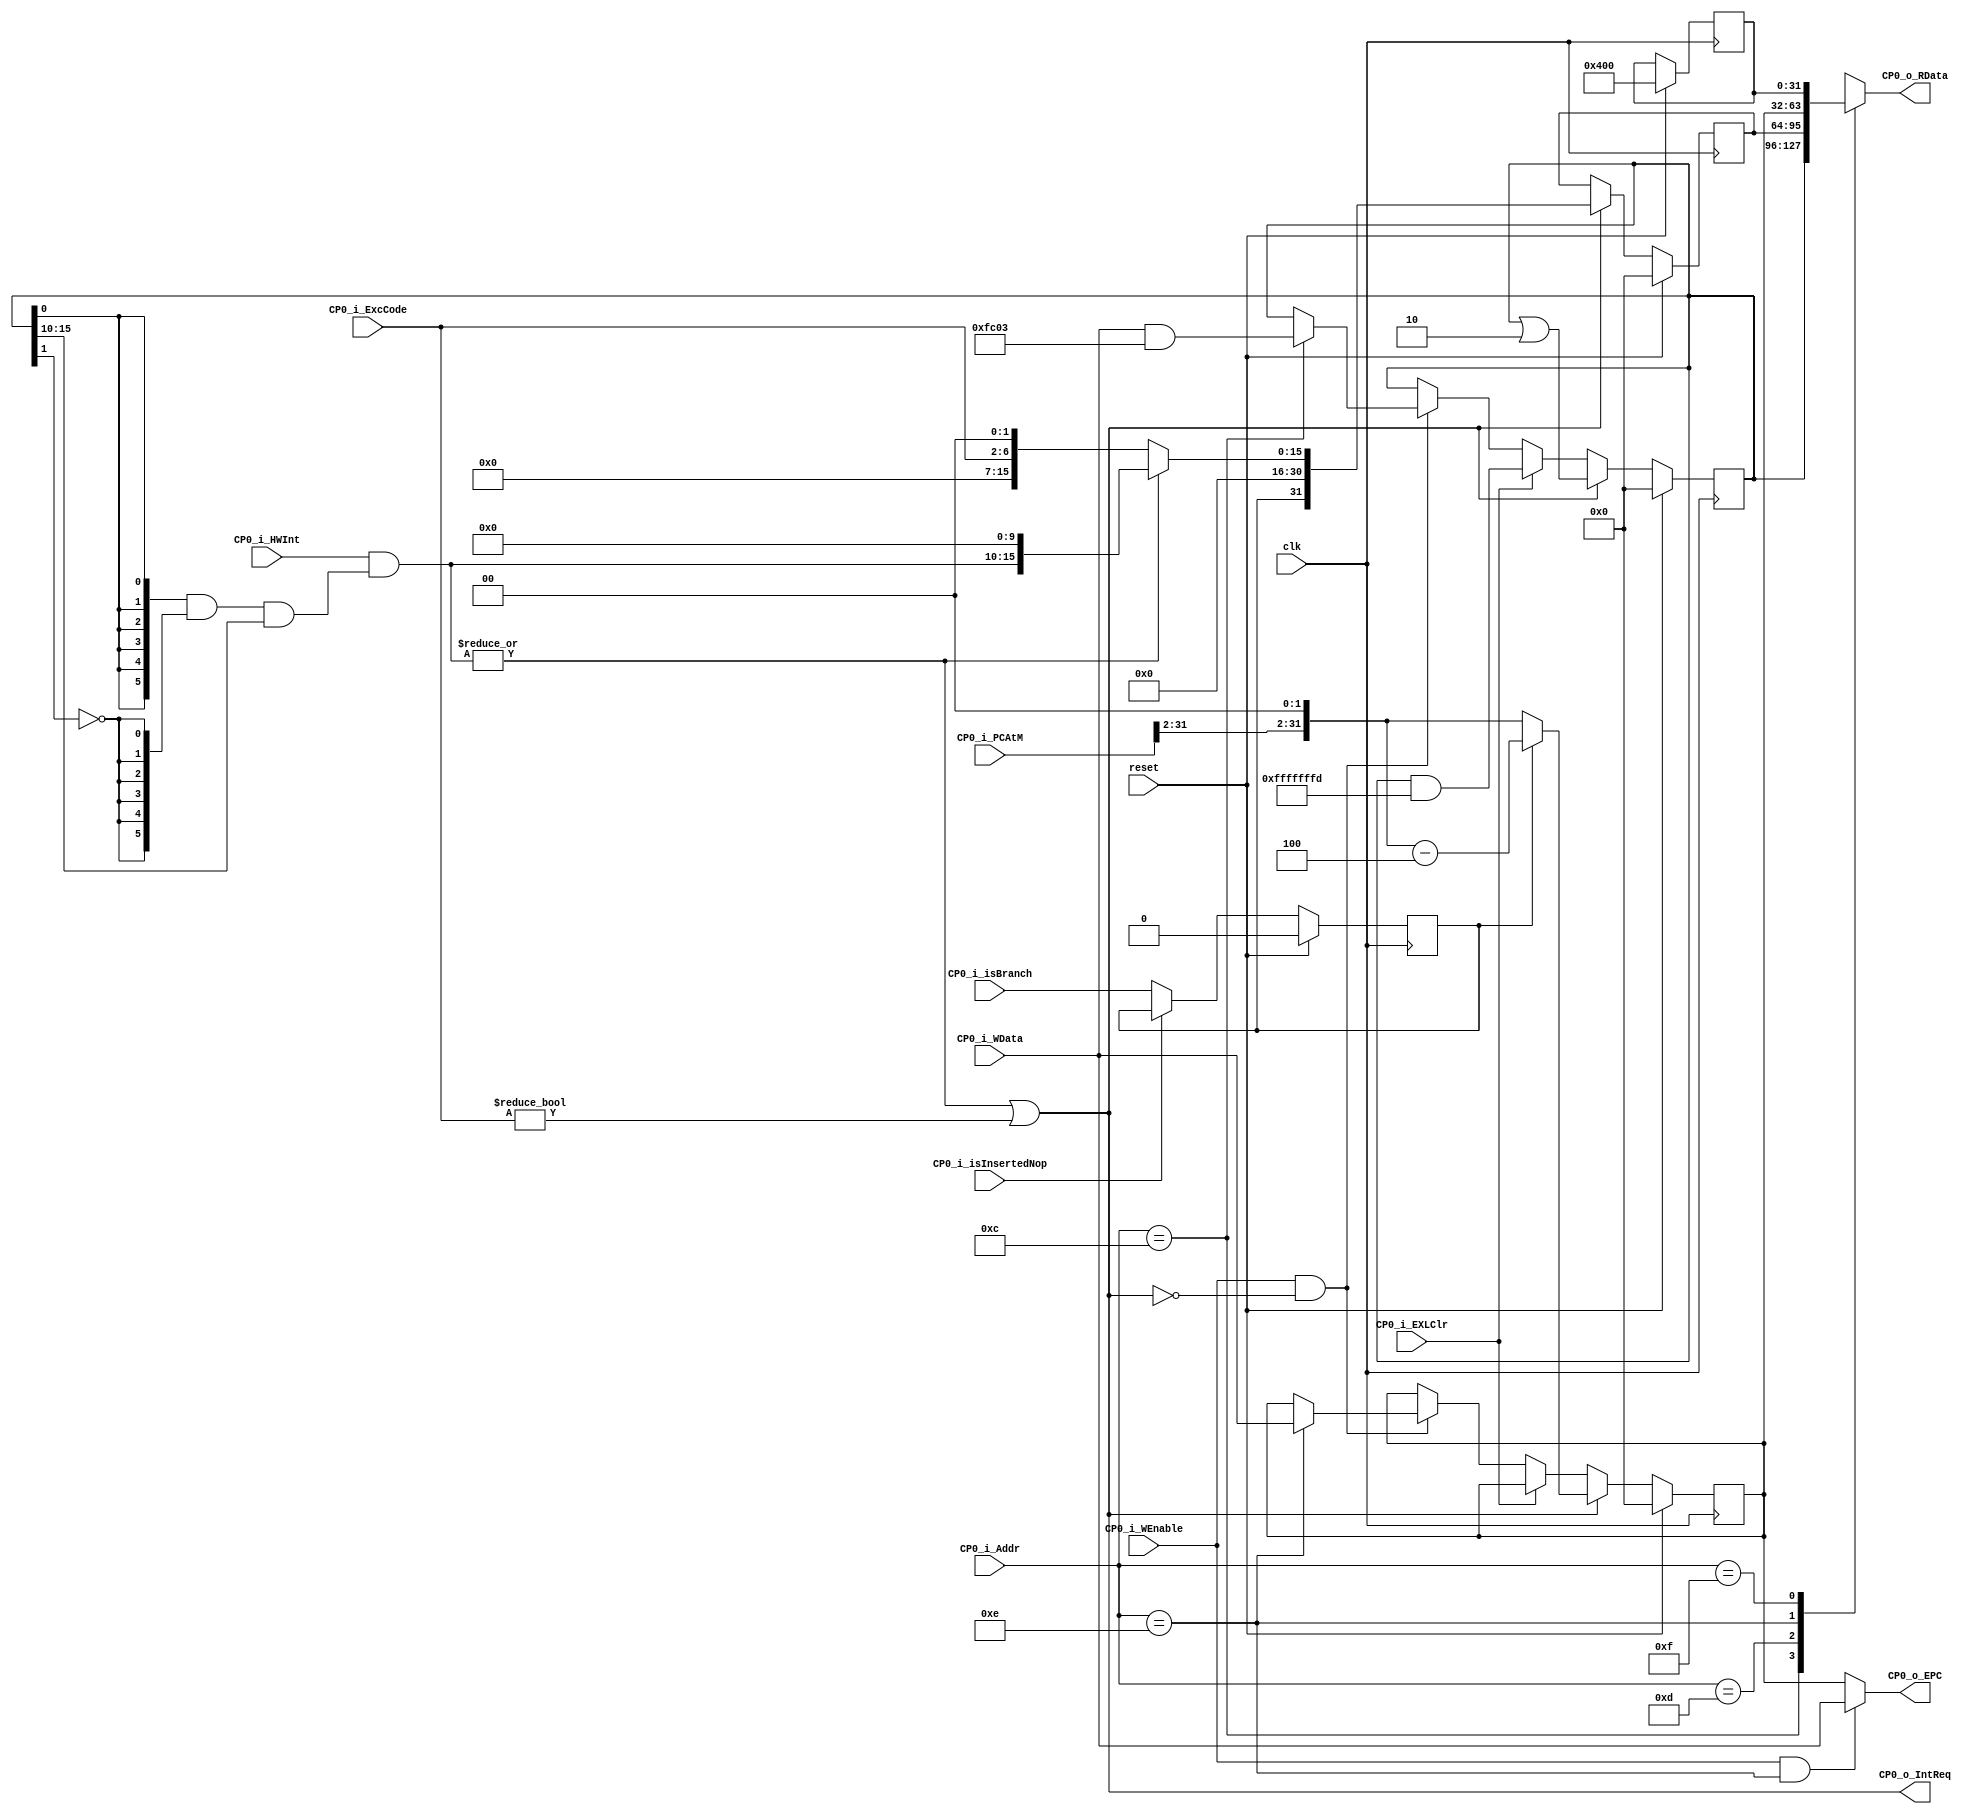
module CoProcessor0(
    input clk,
    input reset,
    input [4:0] CP0_i_Addr,
    input [31:0] CP0_i_WData,
    input [31:0] CP0_i_PCAtM,
    input [6:2] CP0_i_ExcCode,
    input [5:0] CP0_i_HWInt,
    input CP0_i_isInsertedNop,
    input CP0_i_isBranch,
    input CP0_i_WEnable,
    input CP0_i_EXLClr,
    output CP0_o_IntReq,
    output [31:0] CP0_o_EPC,
    output reg [31:0] CP0_o_RData
    );

    reg [31:0] regSR, regCause, regEPC, regPRId;
    initial begin
        regSR = 0;
        regCause = 0;
        regEPC = 0;
        regPRId = 32'h00000400;
    end

    // Reg output
    always @(*) begin
        case(CP0_i_Addr)
            5'd12: CP0_o_RData = regSR;
            5'd13: CP0_o_RData = regCause;
            5'd14: CP0_o_RData = regEPC;
            5'd15: CP0_o_RData = regPRId;

            default: CP0_o_RData = 32'bx;
        endcase
    end

    parameter regSRWmask = 32'h0000fc03;

    reg inDB = 0;
    // RegUpdate
    always @(posedge clk) begin
        inDB <= (CP0_i_isInsertedNop == 1'b1) ? inDB : CP0_i_isBranch;
        if(reset) begin
            regSR <= 32'h0;
            regCause <= 32'b0;
            regEPC <= 32'b0;
            regPRId <= 32'h00000400;
            inDB <= 1'b0;
        end
        else if(CP0_o_IntReq) begin  // inside interruption or exception
            if(isInterruption) begin
                regCause <= {inDB, 15'b0, finalIntSignal[7:2],3'b0, 5'b0, 2'b0};
            end
            else begin
                regCause <= {inDB, 15'b0, 6'b0, 3'b0, CP0_i_ExcCode[6:2], 2'b0};
            end

            regEPC <= inDB ? ({CP0_i_PCAtM[31:2], 2'b0} - 32'd4) : ({CP0_i_PCAtM[31:2], 2'b0});
            regSR <= regSR | 32'd2;
        end
        else if(CP0_i_EXLClr) begin
            regSR <= regSR & 32'hfffffffd;
        end
        else if(CP0_i_WEnable && (!CP0_o_IntReq)) begin    // not in intreq so that mtc0 at interruption won't write
            case(CP0_i_Addr)
                5'd12: regSR <= CP0_i_WData & regSRWmask;
                5'd14: regEPC <= CP0_i_WData;
                // no default
            endcase
        end
    end

    // some useful part
    wire [7:2] SR_IM = regSR[15:10];
    wire SR_EXL = regSR[1];
    wire SR_IE = regSR[0];

    // handle the IntReq Out
    wire [7:2] finalIEnable = {6{SR_IE}} & {6{~SR_EXL}} & SR_IM[7:2];
    wire [7:2] finalIntSignal = CP0_i_HWInt[5:0] & finalIEnable[7:2];
    wire isInterruption = (|finalIntSignal);
    wire isException = (CP0_i_ExcCode != 5'b0);
    assign CP0_o_IntReq = isInterruption || isException;

    assign CP0_o_EPC = (CP0_i_WEnable && CP0_i_Addr == 5'd14) ? CP0_i_WData : regEPC;

endmodule